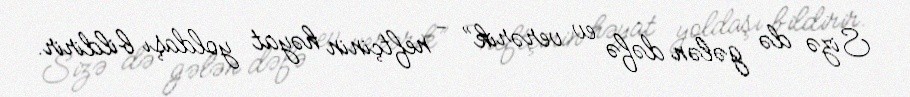
Sizə də gələn dəfə ev verərik” - neftçinin həyat yoldaşı bildirir.